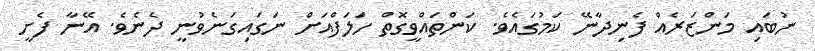
ނުބައި މަންޒަރެއް ފެނިދާނޭ ކަމުގައެވެ. ކަންތައްވީގޮތް ހަލަފްއަށް ނަގައިގަނެވުނީ ދެނެވެ. އޭނާ ފެށީ